Leprosy in India: report of the Leprosy Commission in India, 1890-91
Year: 1890
Disease focus: Leprosy
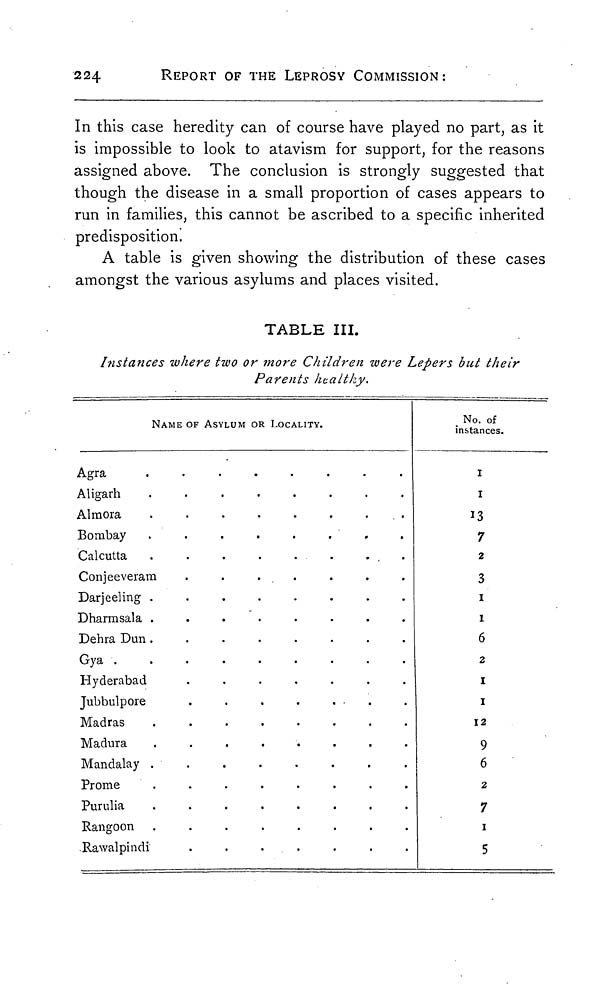
224
REPORT OF THE LEPROSY COMMISSION:
In this case heredity can of course have played no part, as it
is impossible to look to atavism for support, for the reasons
assigned above. The conclusion is strongly suggested that
though the disease in a small proportion of cases appears to
run in families, this cannot be ascribed to a specific inherited
predisposition.
A table is given showing the distribution of these cases
amongst the various asylums and places visited.
TABLE III.
Instances where two or more Children were Lepers but their
Parents healthy.
NAME OF ASYLUM OR LOCALITY.
A g r a
A l i g a r h
........
A l m o r a
........
B o m b a y
........
C a l c u t t a
........
C o n j e e v e r a r a
.......
D a r j e e l i n g
........
D h a r m s a l a
........
D e h r a D u n
........
G y a
H y d e r a b a d
.......
J u b b u l p o r e
M a d r a s
M a d u r a
........
M a n d a l a y
........
P r o m e
........
P u r u l i a
........
R a n g o o n
........
R a w a l p i n d i
.......
No. of
instances.
I
I
7
2
3
1
1
6
2
1
1
12
9
6
2
7
1
5